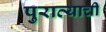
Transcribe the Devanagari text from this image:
पुराव्याची